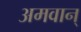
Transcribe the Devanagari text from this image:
अमवान्